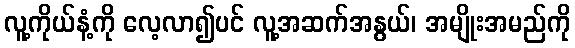
လူ့ကိုယ်နံ့ကို လေ့လာ၍ပင် လူ့အဆက်အနွယ်၊ အမျိုးအမည်ကို